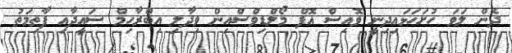
ދެން ލަވަ ހުށަހަޅައިދިނީ ވޮއިސް އޮފް މޯލްޑިވްސްއިން ވިދާލި އިބްރާހިމް ސައީދާއި ފާތިމަތު